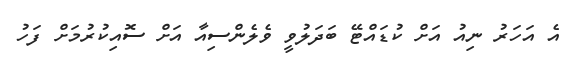
އެ އަހަރު ނިއު އަށް ކުޑައްޓޭ ބަދަލުވީ ވެލެންސިއާ އަށް ސޮއިކުރުމަށް ފަހު